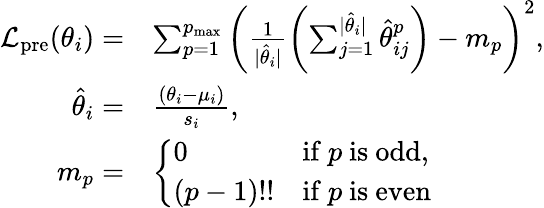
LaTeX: \begin{array}{rl}{\mathcal{L}_{\mathrm{pre}}(\theta_{i})=}&{\sum_{p=1}^{p_{\mathrm{max}}}\left(\frac{1}{\vert\hat{\theta}_{i}\vert}\left(\sum_{j=1}^{\vert\hat{\theta}_{i}\vert}\hat{\theta}_{ij}^{p}\right)-m_{p}\right)^{2},}\\ {\hat{\theta}_{i}=}&{\frac{(\theta_{i}-\mu_{i})}{s_{i}},}\\ {m_{p}=}&{\left\{ \begin{array}{ll}{0}&{\mathrm{if~}p\mathrm{~is~odd},}\\ {(p-1)!!}&{\mathrm{if~}p\mathrm{~is~even}}\end{array}\right.}\end{array}